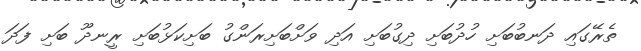
ތެރޭގައި ދަނބުބަށި ހުދުބަށި ދިގުބަށި އަދި ވަށްބަށިރަންގު ބަށިކަޅުބަށި ރީނދޫ ބަށި ފަދަ